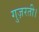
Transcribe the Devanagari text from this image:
गुज़रती।